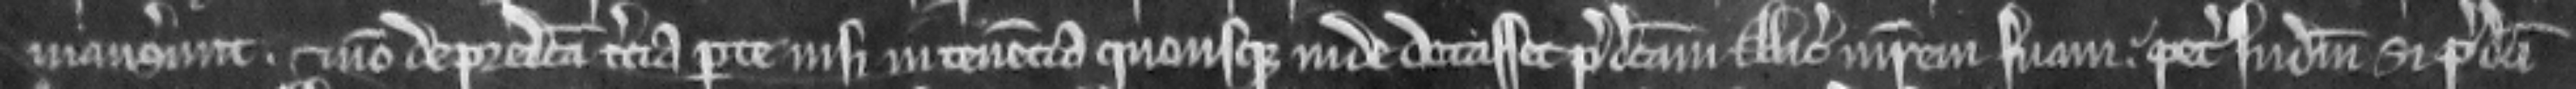
manserunt. et non de predicta tercia parte nisi in tenencia quousque inde dotasset predictam Aliciam matrem suam. petunt judicium si predicti